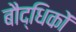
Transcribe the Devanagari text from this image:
बौद्धिकों